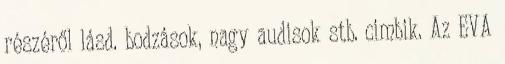
részéről lásd. bodzások, nagy audisok stb. cimbik. Az EVA